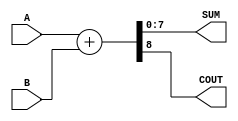
module ParameterizedAdder #(
    parameter WIDTH = 8  // Default bit-width is set to 8
)(
    input  [WIDTH-1:0] A,   // First input operand
    input  [WIDTH-1:0] B,   // Second input operand
    output [WIDTH-1:0] SUM,  // Sum output
    output COUT              // Carry-out signal
);

    // Behavioral logic for addition
    assign {COUT, SUM} = A + B;  // Concatenate carry-out with sum

endmodule